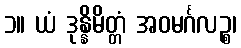
၁။ ယံ ဒုန္နိမိတ္တံ အဝမင်္ဂလဉ္စ၊